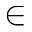
\in